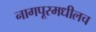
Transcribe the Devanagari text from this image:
नागपूरमधीलच